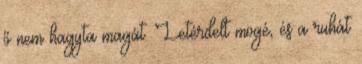
ő nem hagyta magát. Letérdelt mögé, és a ruhát